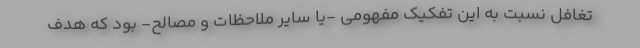
تغافل نسبت به این تفکیک مفهومی -یا سایر ملاحظات و مصالح- بود که هدف